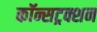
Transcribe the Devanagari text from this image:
कॉन्सट्रक्शन